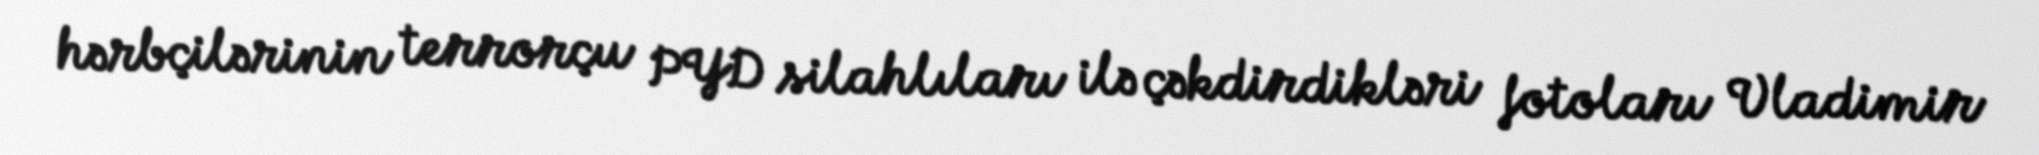
hərbçilərinin terrorçu PYD silahlıları ilə çəkdirdikləri fotoları Vladimir